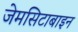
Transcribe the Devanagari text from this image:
जेमसिटाबाइन